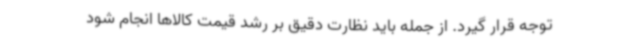
توجه قرار گیرد. از جمله باید نظارت دقیق بر رشد قیمت کالاها انجام شود